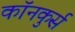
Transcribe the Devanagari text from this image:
कॉनकुर्स